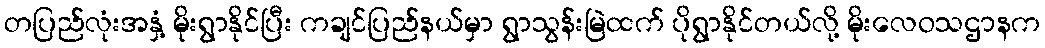
တပြည်လုံးအနှံ့ မိုးရွာနိုင်ပြီး ကချင်ပြည်နယ်မှာ ရွာသွန်းမြဲထက် ပိုရွာနိုင်တယ်လို့ မိုးလေဝသဌာနက